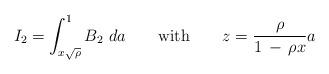
LaTeX: \begin{align*}I_2=\int_{x \sqrt{\rho}}^1 B_2\ da \qquad\mathrm{with}\qquad{\displaystyle z={\rho \over 1\, -\, \rho x} a }\end{align*}